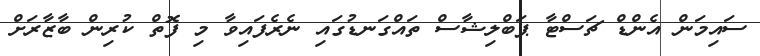
ސައިމަން އެންޑް ޗަސްޓާ ޕަބްލިޝާސް ތައްގަނޑުގައި ނެރެފައިވާ މި ފޮތް ކުރިން ބާޒާރަށް